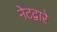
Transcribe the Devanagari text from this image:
नेटद्वारे